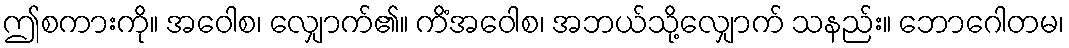
ဤစကားကို။ အဝေါစ၊ လျှောက်၏။ ကိံအဝေါစ၊ အဘယ်သို့လျှောက် သနည်း။ ဘောဂေါတမ၊